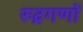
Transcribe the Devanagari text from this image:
रुद्रगणों